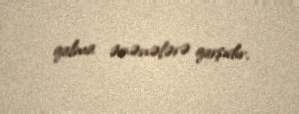
qalma ənənələrə qarşıdır.